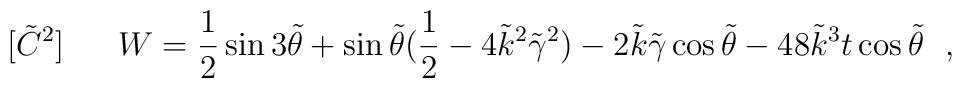
[\tilde C^2]~~~~~W={1 \over 2}\sin {3\tilde \theta}+\sin{\tilde \theta}({1 \over 2} -4\tilde k^2\tilde \gamma^2)-2\tilde k \tilde \gamma\cos{\tilde \theta}-48\tilde k^3t\cos{\tilde \theta}~~,